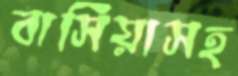
বাসিয়াসহ